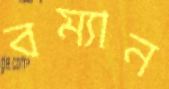
বম্যান